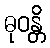
ဓုဝန္တိ